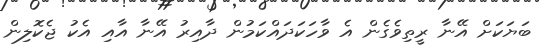
ބަޔަކަށް އޭނާ ރީތިވެގެން އެ ވާހަކަދައްކަމުން ދާއިރު އޭނާ އާއި އެކު ޖެކޮލިން